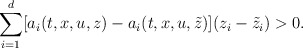
\begin{align*}\sum_{i=1}^{d} [a_i(t,x,u,z) - a_i(t,x,u,\tilde{z})](z_i - \tilde{z}_i) > 0.\end{align*}